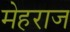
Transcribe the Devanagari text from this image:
मेहराज